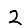
Digit: 2